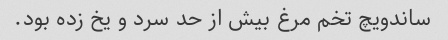
ساندویچ تخم مرغ بیش از حد سرد و یخ زده بود.